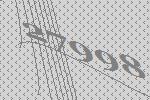
27998